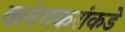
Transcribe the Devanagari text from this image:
वलंगकरांकडे